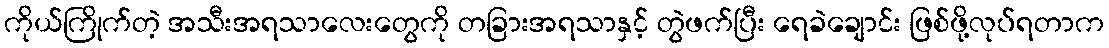
ကိုယ်ကြိုက်တဲ့ အသီးအရသာလေးတွေကို တခြားအရသာနှင့် တွဲဖက်ပြီး ရေခဲချောင်း ဖြစ်ဖို့လုပ်ရတာက